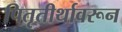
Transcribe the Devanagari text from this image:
पितृतीर्थावरून